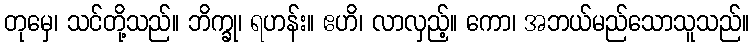
တုမှေ၊ သင်တို့သည်။ ဘိက္ခု၊ ရဟန်း။ ဧဟိ၊ လာလှည့်။ ကော၊ အဘယ်မည်သောသူသည်။